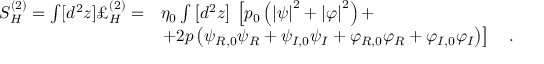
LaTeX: \begin{array} { l l } { { S _ { H } ^ { ( 2 ) } = \int [ d ^ { 2 } z ] { \pounds } _ { H } ^ { ( 2 ) } = } } & { { \eta _ { 0 } \int \left[ d ^ { 2 } z \right] \, \left[ p _ { 0 } \left( \left| \psi \right| ^ { 2 } + \left| \varphi \right| ^ { 2 } \right) + \right. \nonumber } } \\ { { } } & { { \left. + 2 p \left( \psi _ { R , 0 } \psi _ { R } + \psi _ { I , 0 } \psi _ { I } + \varphi _ { R , 0 } \varphi _ { R } + \varphi _ { I , 0 } \varphi _ { I } \right) \right] \quad . } } \end{array}